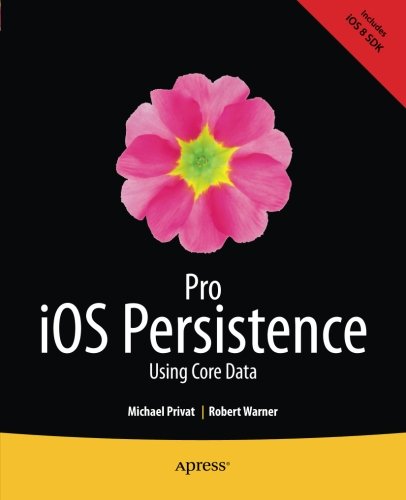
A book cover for Pro iOS Persistence: Using Core Data; Michael Privat ; Computers & Technology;